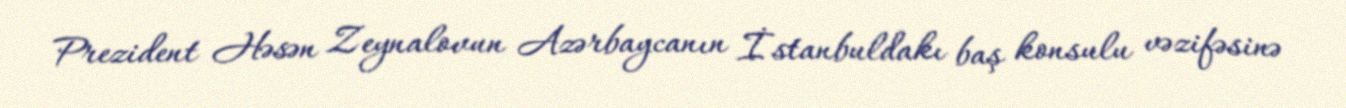
Prezident Həsən Zeynalovun Azərbaycanın İstanbuldakı baş konsulu vəzifəsinə